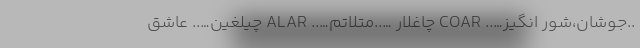
..جوشان،شور انگیز….. COAR چاغلار …..متلاتم….. ALAR چیلغین….. عاشق